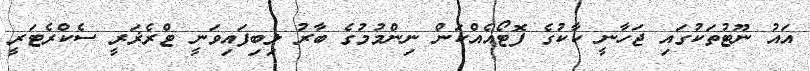
އައު ނޫޓުތަކުގައި ޖަހާނީ ކާކުގެ ފޮޓޯއެއްކަން ނިންމުމުގެ ބާރު ލިބިފައިވަނީ ޓްރެޜަރީ ސެކްރެޓަރީ